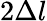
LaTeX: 2\Delta l